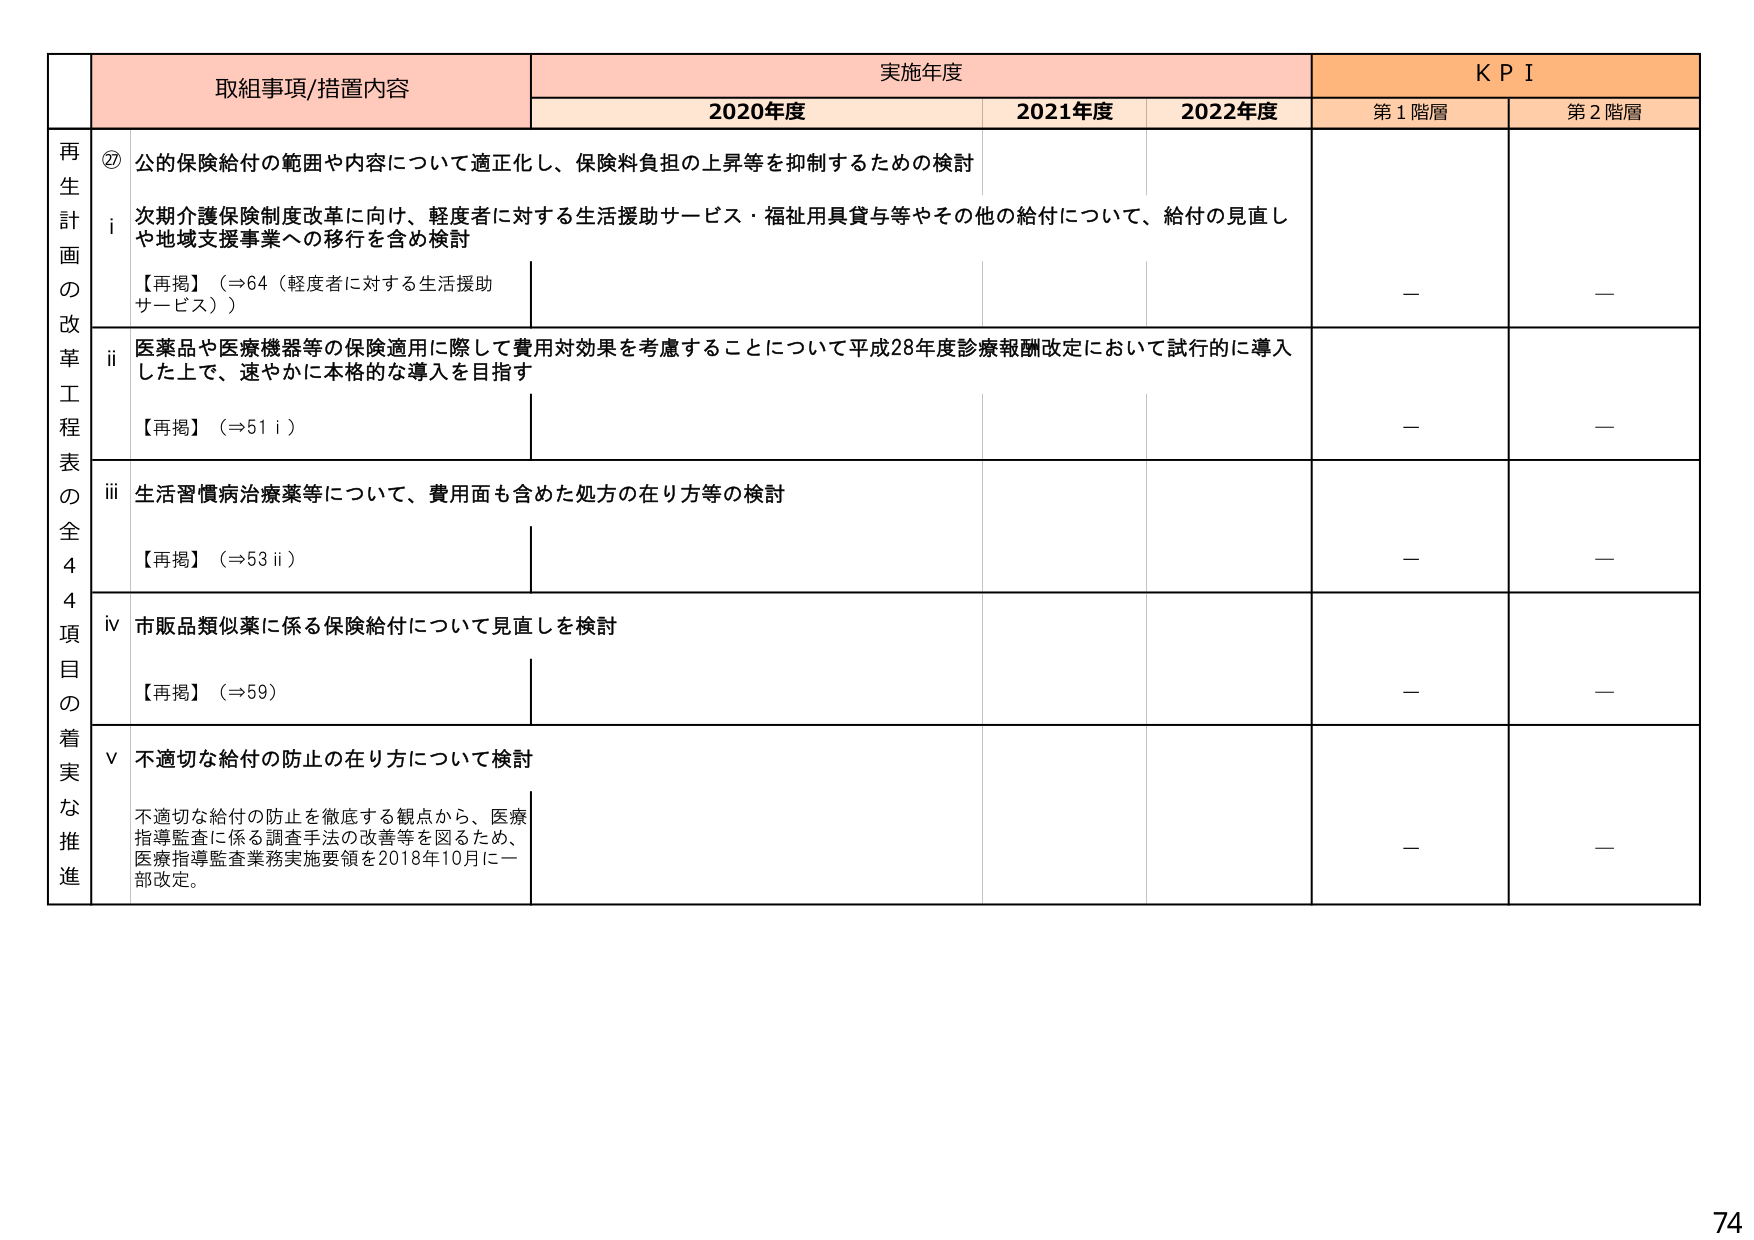
取組事項/措置内容 実施年度 KPI
2020年度 2021年度 2022年度 第1階層 第2階層
再生計画の改革工程表の全44項目の着実な推進
⑦ 公的保険給付の範囲や内容について適正化し、保険料負担の上昇等を抑制するための検討
i 次期介護保険制度改革に向け、軽度者に対する生活援助サービス・福祉用具貸与等やその他の給付について、給付の見直しや地域支援事業への移行を含め検討
【再掲】（⇒64（軽度者に対する生活援助サービス））
－ －
ii 医薬品や医療機器等の保険適用に際して費用対効果を考慮することについて平成28年度診療報酬改定において試行的に導入した上で、速やかに本格的な導入を目指す
【再掲】（⇒51 i）
－ －
iii 生活習慣病治療薬等について、費用面も含めた処方の在り方等の検討
【再掲】（⇒53 ii）
－ －
iv 市販品類似薬に係る保険給付について見直しを検討
【再掲】（⇒59）
－ －
v 不適切な給付の防止の在り方について検討
不適切な給付の防止を徹底する観点から、医療指導監査に係る調査手法の改善等を図るため、医療指導監査業務実施要領を2018年10月に一部改定。
－ －
74